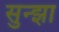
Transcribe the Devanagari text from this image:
सुन्झा